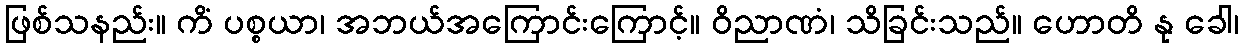
ဖြစ်သနည်း။ ကိံ ပစ္စယာ၊ အဘယ်အကြောင်းကြောင့်။ ဝိညာဏံ၊ သိခြင်းသည်။ ဟောတိ နု ခေါ၊